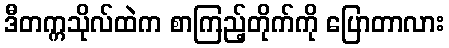
ဒီတက္ကသိုလ်ထဲက စာကြည့်တိုက်ကို ပြောတာလား